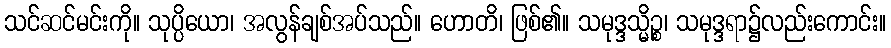
သင်ဆင်မင်းကို။ သုပ္ပိယော၊ အလွန်ချစ်အပ်သည်။ ဟောတိ၊ ဖြစ်၏။ သမုဒ္ဒသ္မိဉ္စ၊ သမုဒ္ဒရာ၌လည်းကောင်း။